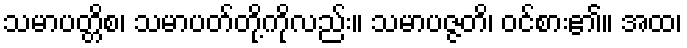
သမာပတ္တိစ၊ သမာပတ်တို့ကိုလည်း။ သမာပဇ္ဇတိ၊ ဝင်စား၏။ အထ၊